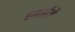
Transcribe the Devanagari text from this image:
हमर्सले